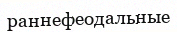
раннефеодальные